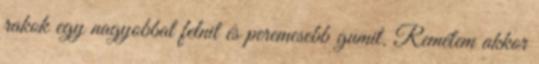
rakok egy nagyobbat felnit és peremesebb gumit. Remélem akkor